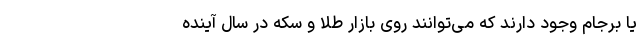
یا برجام وجود دارند که می‌توانند روی بازار طلا و سکه در سال آینده